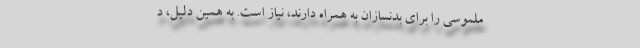
ملموسی را برای بدنسازان به همراه دارند، نیاز است. به همین دلیل، د